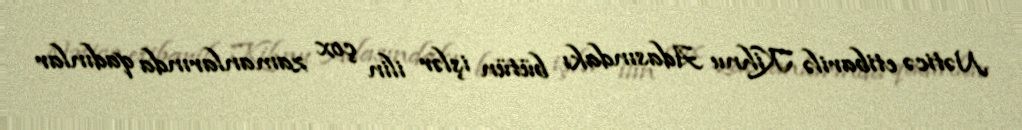
Nəticə etibarilə Kihnu Adasındakı bütün işlər ilin çox zamanlarında qadınlar